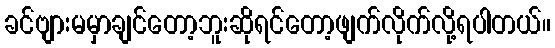
ခင်ဗျားမမှာချင်တော့ဘူးဆိုရင်တော့ဖျက်လိုက်လို့ရပါတယ်။